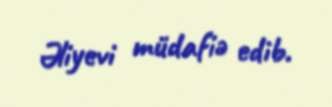
Əliyevi müdafiə edib.